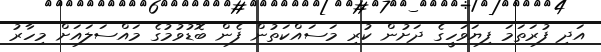
އަދި ފުރަތަމަ ފިޔަވަހީގެ ދަށުން ކުރި މަސައްކަތުން ފެން ބޮޑުވުމުގެ މައްސަލައަށް މިހާރު